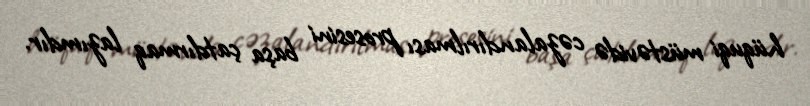
hüquqi müstəvidə cəzalandırılması prosesini başa çatdırmaq lazımdır.